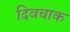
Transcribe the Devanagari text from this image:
दिवचाक